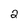
Character: 2